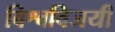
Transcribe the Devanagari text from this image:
विश्वविजयी